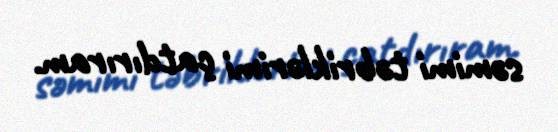
səmimi təbriklərimi çatdırıram.